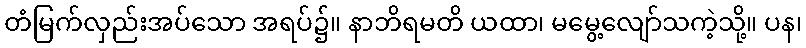
တံမြက်လှည်းအပ်သော အရပ်၌။ နာဘိရမတိ ယထာ၊ မမွေ့လျော်သကဲ့သို့။ ပန၊